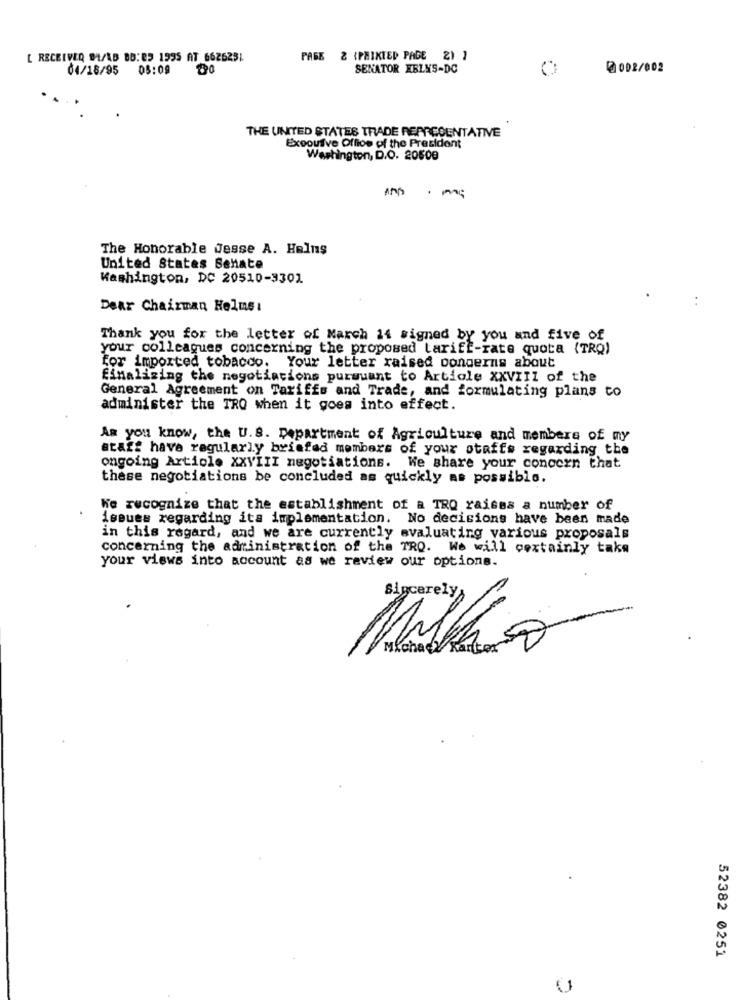
[ RECEIVEQ DL/AB BB: 85 1995 AT 6626251
PAGE & (PRINTED PADE 2) 1
04/18/95 08:09
SENATOR KELYS-DC
2002/002
THE UNITED STATES TRADE REPRESENTATIVE
Executive Offios of the President
Washington, D.O. 20500
The Honorable Jesse A. Halns
United States Senate
Washington, DC 20510-3301
Dear Chairman Helms:
Thank you for the letter of March 14 signed by you and five of
your colleagues concerning the proposed tariff-rate quota (TRQ)
for imported tobacco. Your letter raised concerns about
finalizing the negotiations pursuant to Article XXVIII of the
General Agreement on Tariffs and Trade, and formulating plans to
administer the TRO when it goes into effect.
As you know, the U.S. Department of Agriculture and members of my
atart have regularly briefad members of your otaffs regarding the
ongoing Article XXVIII negotiations. We share your concern that
these negotiations be concluded as quickly as possible.
We recognize that the establishment of a TRO raises a number of
issues regarding its implementation. No decisions have been made
in this regard, and we are currently evaluating various proposals
concerning the administration of the TRO. We will certainly take
your views into account as we review our options.
Millio
52382 0251